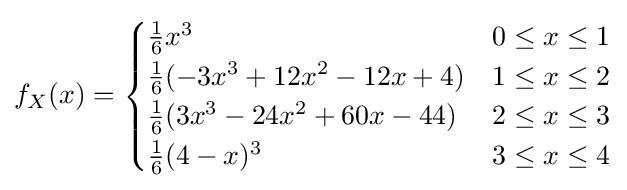
f_{X}(x)={\begin{cases}{\frac {1}{6}}x^{3}&0\leq x\leq 1\\{\frac {1}{6}}(-3x^{3}+12x^{2}-12x+4)&1\leq x\leq 2\\{\frac {1}{6}}(3x^{3}-24x^{2}+60x-44)&2\leq x\leq 3\\{\frac {1}{6}}(4-x)^{3}&3\leq x\leq 4\end{cases}}